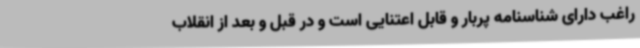
راغب دارای شناسنامه پربار و قابل اعتنایی است و در قبل و بعد از انقلاب